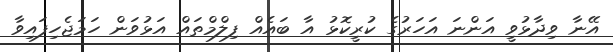
އޭނާ ވިދާޅުވީ އަންނަ އަހަރުގެ ކުރީކޮޅު އާ ބައެއް ފިލްމްތައް އަޅުވަން ހަމަޖެހިފައިވާ